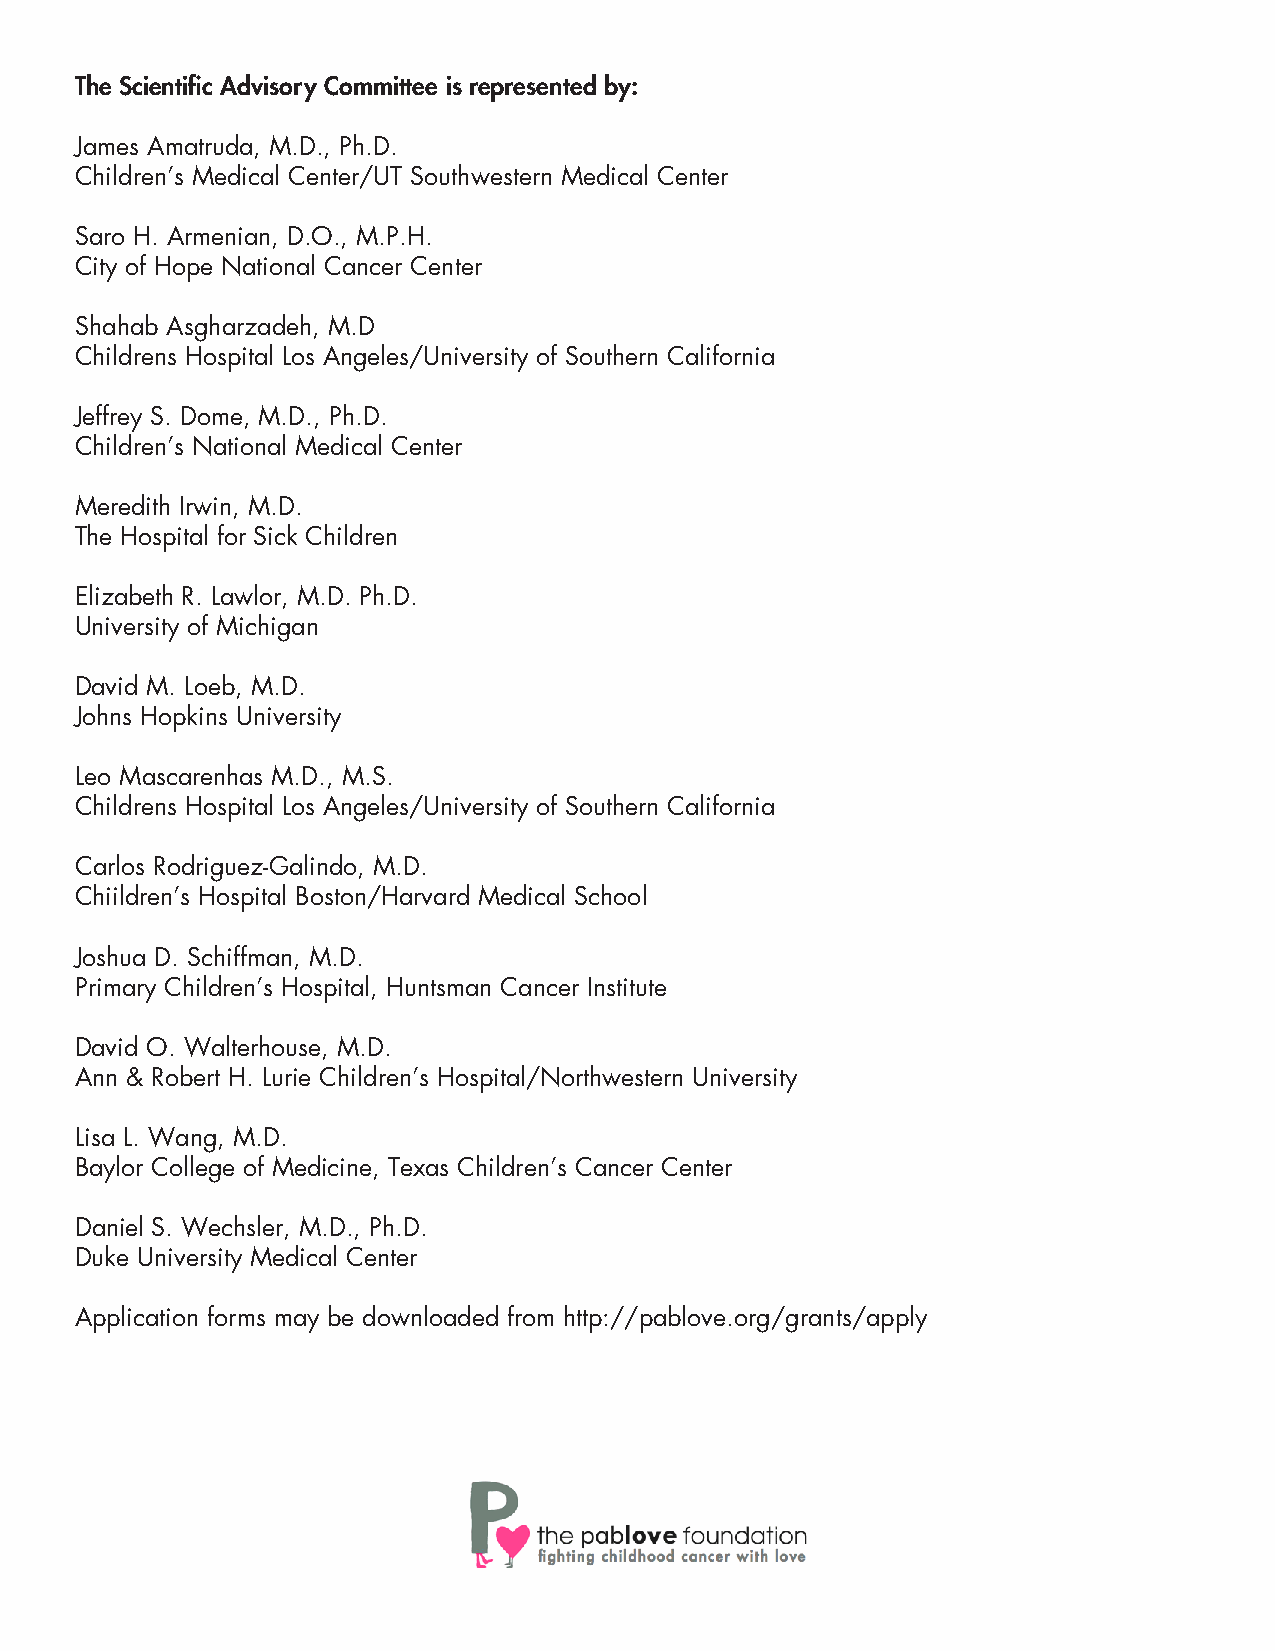
The Scientific Advisory Committee is represented by:
 James Amatruda, M.D., Ph.D.
 Children’s Medical Center/UT Southwestern Medical Center
 Saro H. Armenian, D.O., M.P.H.
 City of Hope National Cancer Center
 Shahab Asgharzadeh, M.D
 Childrens Hospital Los Angeles/University of Southern California
 Jeffrey S. Dome, M.D., Ph.D.
 Children’s National Medical Center
 Meredith Irwin, M.D.
 The Hospital for Sick Children
 Elizabeth R. Lawlor, M.D. Ph.D.
 University of Michigan
 David M. Loeb, M.D.
 Johns Hopkins University
 Leo Mascarenhas M.D., M.S.
 Childrens Hospital Los Angeles/University of Southern California
 Carlos Rodriguez-Galindo, M.D.
 Chiildren’s Hospital Boston/Harvard Medical School
 Joshua D. Schiffman, M.D.
 Primary Children’s Hospital, Huntsman Cancer Institute
 David O. Walterhouse, M.D.
 Ann & Robert H. Lurie Children’s Hospital/Northwestern University
 Lisa L. Wang, M.D.
 Baylor College of Medicine, Texas Children’s Cancer Center
 Daniel S. Wechsler, M.D., Ph.D.
 Duke University Medical Center
 Application forms may be downloaded from http://pablove.org/grants/apply